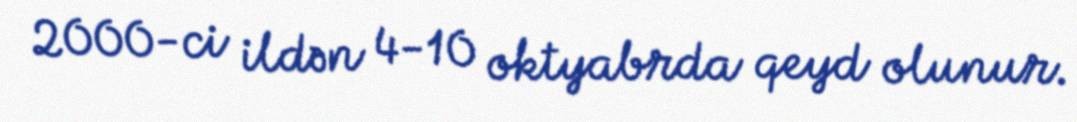
2000-ci ildən 4-10 oktyabrda qeyd olunur.